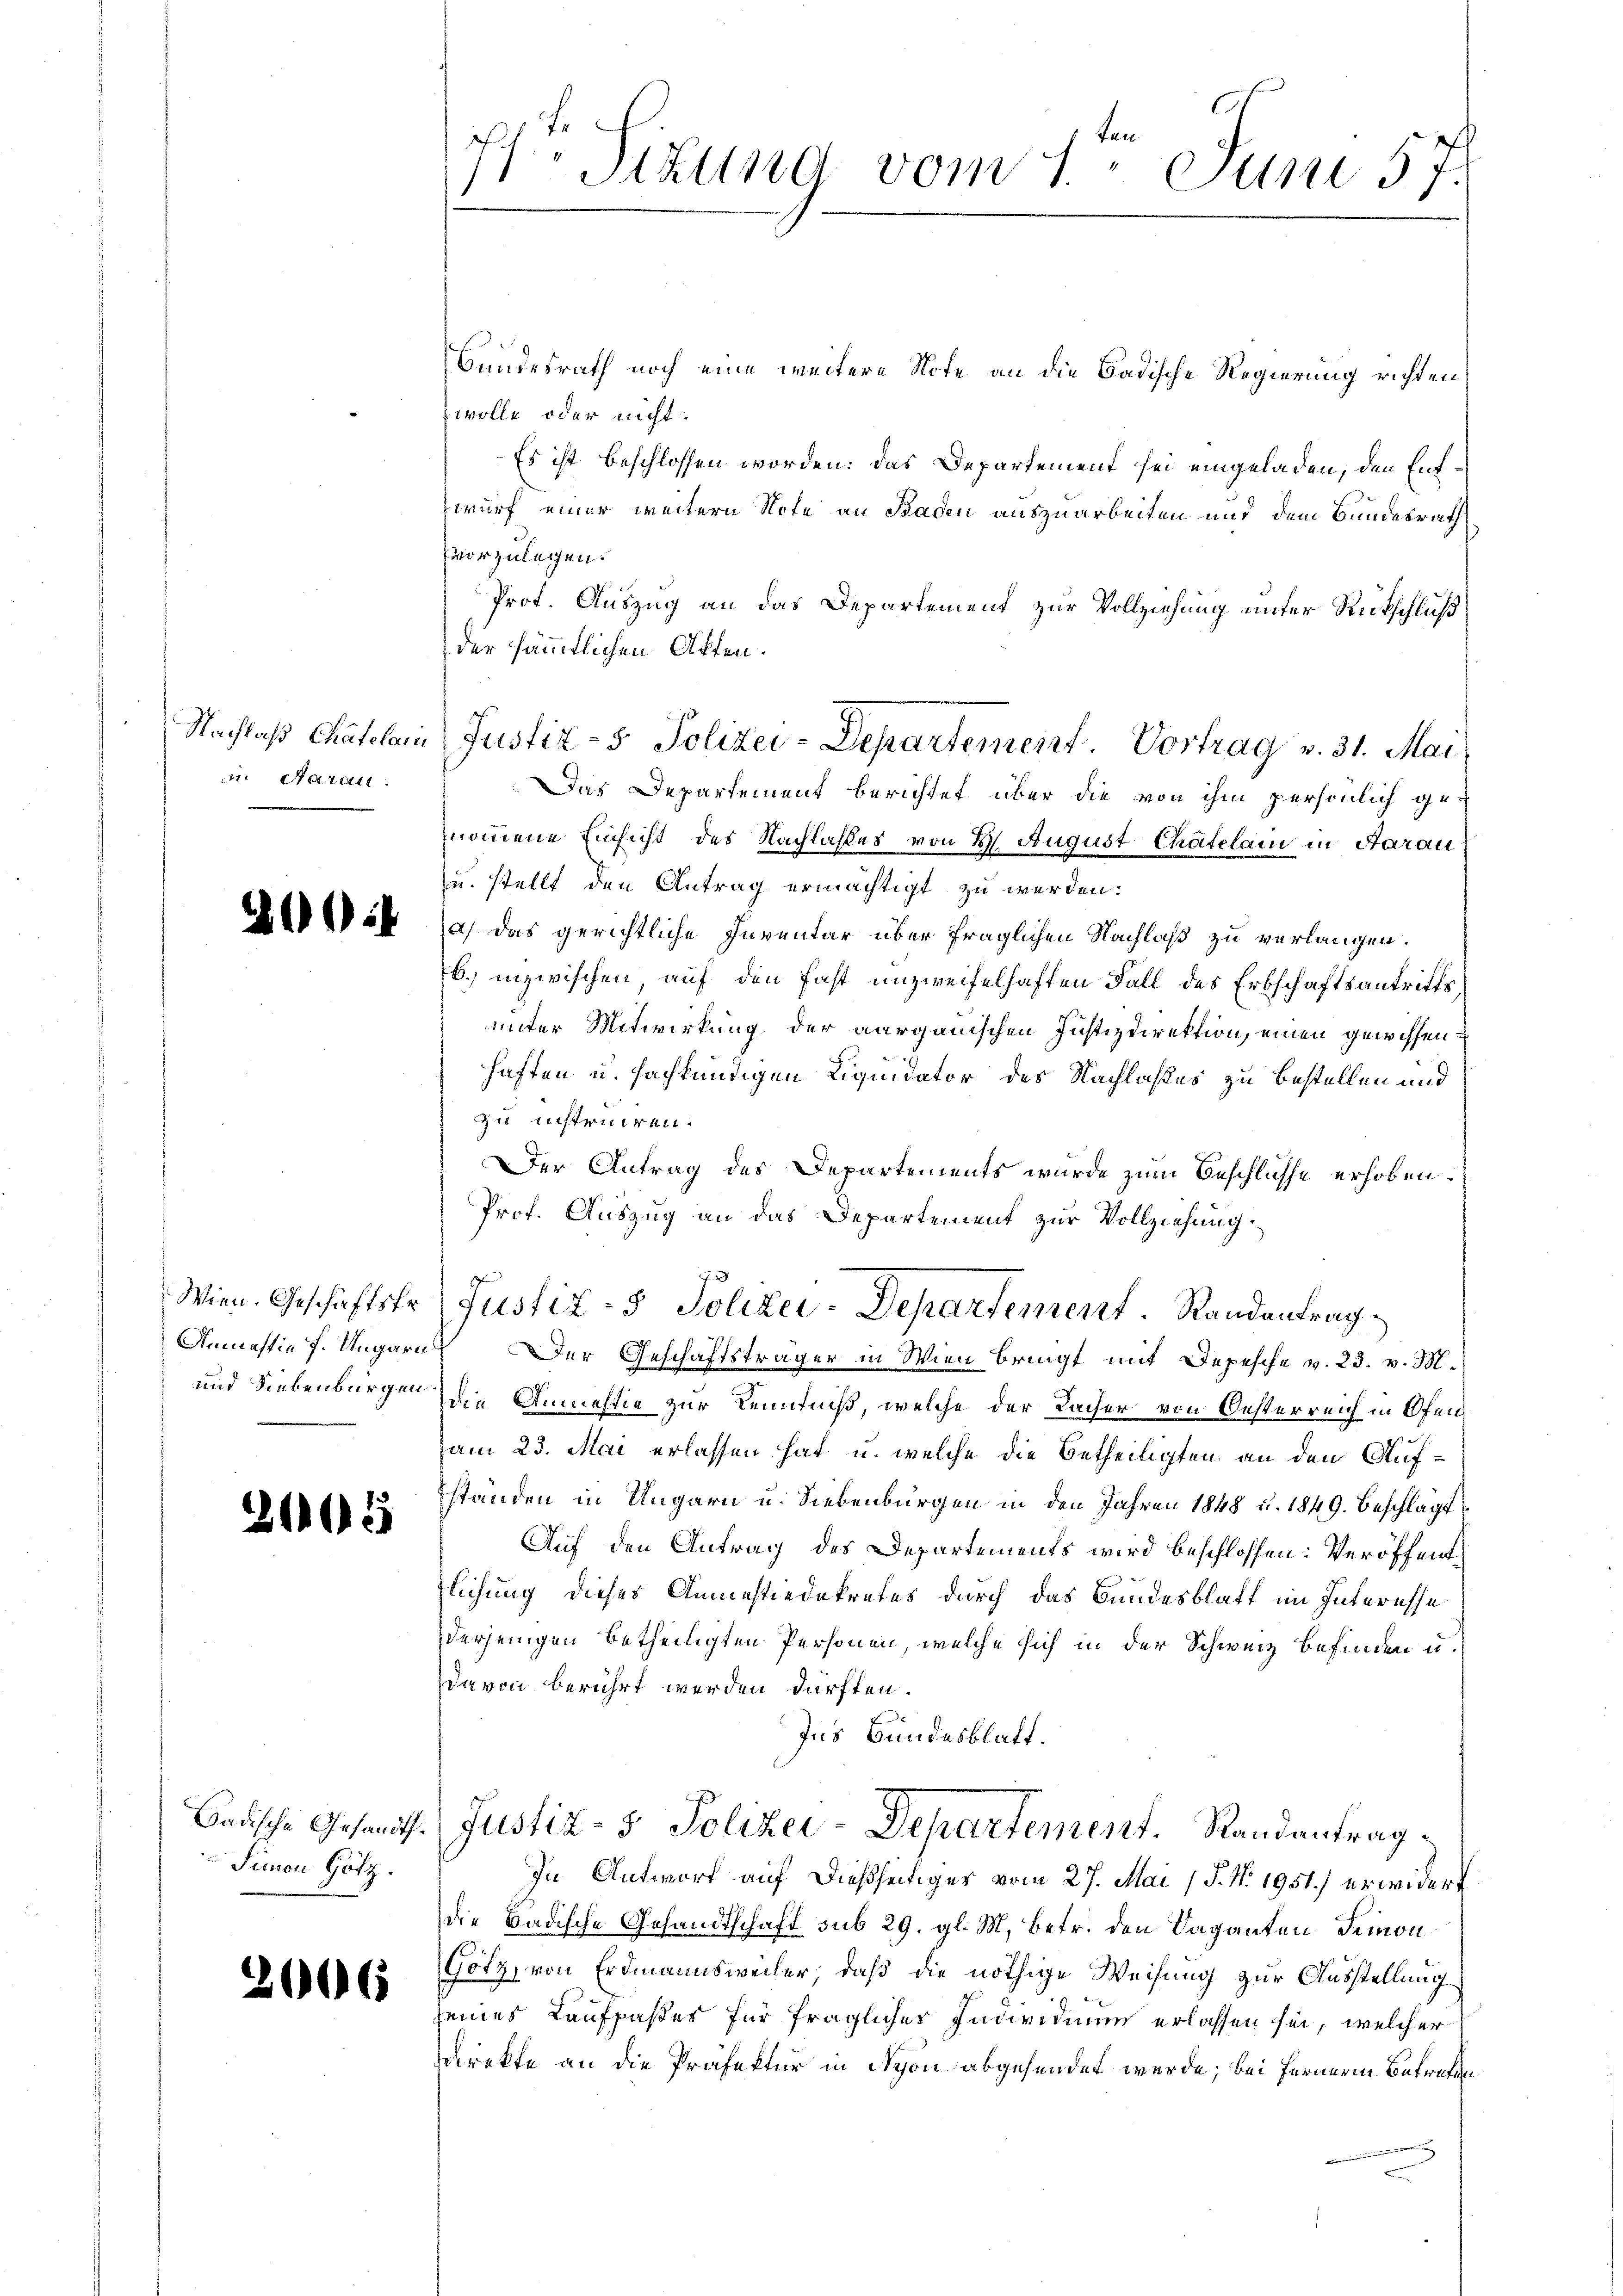
E Sizung vom 1. Juni 57.

Bundesrath noch eine weitere Note an die Badische Regierung richten
wolle oder nicht
Es ist beschlossen worden: das Departement sei eingeladen, den Entwurf einer weitern Note an Baden auszuarbeiten und dem Bundesrath
vorzulegen.
Prot. Auszug an das Departement zur Vollziehung unter Rückschluß
der sämmtlichen Akten.
nommene Einsicht des Nachlasses von H. August Chätelain in Aarau
u. stellt den Antrag ermächtigt zu werden:
a) das gerichtliche Inventar über fraglichen Nachlaß zu verlangen.
b.) inzwischen auf den fast unzweifelhaften Fall des Erbschaftsantrittsunter Mitwirkung der aargauischen Justizdirektion, einen gewissenhaften u. sachkundigen Liquidator des Nachlaßes zu bestellen und
zu instruiren.
Der Antrag des Departements wurde zum Beschlusse erhoben.
Prof. Auszug an das Departement zur Vollziehung
Justiz- & Polizei-Departement Randantrag
Anmastie f. Ungarn Der Geschäftsträger in Wien bringt mit Depesche v. 23. v. M.
die Anmestie zur Kenntniß, welche der Lacher von Oesterreich in Ofenam 23. Mai erlassen hat, u. welche die Betheiligten an den Aufständen in Ungarn u. Siebenbürgen in den Jahren 1848 u. 1849. Beschlägt
Auf den Antrag des Departements wird beschlossen: Veröffentzlichung dieses Anmessiedekretes durch das Bundesblatt im Interesse
erjenigen betheiligten Personen, welche sich in der Schweiz befinden u.
davon berührt werden dürften.
Ins Bundesblatt.
Justiz- & Polizei-Departement. Randantrag
In Antwort auf dießseitiges vom 27. Mai (§. No. 1951.) erwidert
die Badische Gesandtschaft sub 29. gl. M. betr. den Vaganten Demon
Götz, von Erdmannsweiler, daß die nöthige Weisung zur Ausstellung
seines Kaufpaßes für fraglicher Individuum erlassen sei, welcher
direkte an die Präfektur in Nyon abgesendet werde; bei Fernerin Betreten

Nachlaß Chatelam
in Aarau

Justiz- & Polizei-Departement. Vortrag v. 31. Mai
Das Departement berichtet über die von ihm persönlich ge¬

.

¬

Wien. Geschäftsfr.
und Siebenbürgen

2105

Badische Gesandts¬
Simon Götz.

6